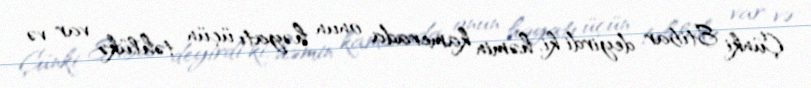
Çünki Etibar deyirdi ki, həmin kamerada onun həyatı üçün təhlükə var və